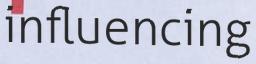
influencing